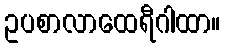
ဥပစာလာထေရီဂါထာ။